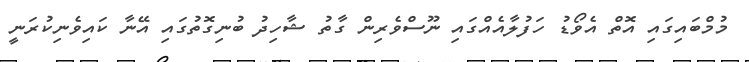
މުމްބައިގައި އޮތް އެވޯޑު ހަފުލާއެއްގައި ނޫސްވެރިން ގާތު ޝާހިދު ބުނިގޮތުގައި އޭނާ ކައިވެނިކުރަނީ